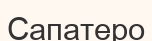
Сапатеро